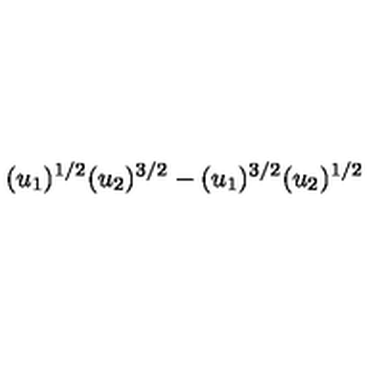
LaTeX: ( u _ { 1 } ) ^ { 1 / 2 } ( u _ { 2 } ) ^ { 3 / 2 } - ( u _ { 1 } ) ^ { 3 / 2 } ( u _ { 2 } ) ^ { 1 / 2 }